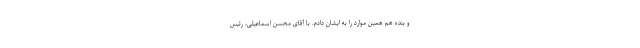
و بنده هم همین موارد را به ایشان دادم. با آقای محسن اسماعیلی، رئیس